Annual returns of the Patna Lunatic Asylum at Bankipore in Bihar and Orissa - 1912-1924
Year: 1912
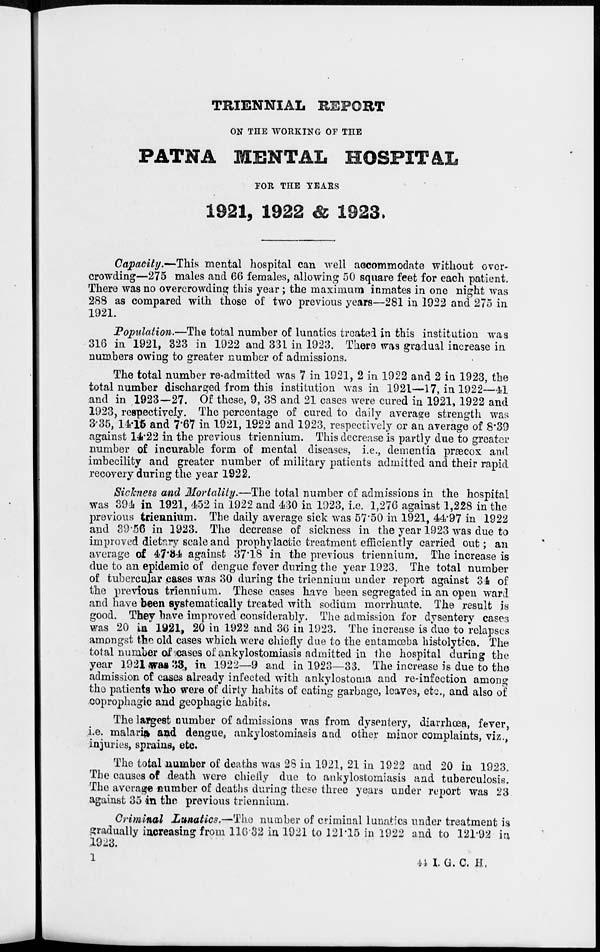
TRIENNIAL REPORT
ON THE WORKING OF THE
PATNA MENTAL HOSPITAL
FOR THE YEARS
1921, 1922 & 1923.
Capacity.—This mental hospital can well accommodate without over-
crowding—275 males and 66 females, allowing 50 square feet for each patient.
There was no overcrowding this year ; the maximum inmates in one night was
288 as compared with those of two previous years—281 in 1922 and 275 in
1921.
Population.—The total number of lunatics treated in this institution was
316 in 1921, 323 in 1922 and 331 in 1923. There was gradual increase in
numbers owing to greater number of admissions.
The total number re-admitted was 7 in 1921, 2 in 1922 and 2 in 1923, the
total number discharged from this institution was in 1921—17, in 1922—41
and in 1923—27. Of these, 9, 38 and 21 cases were cured in 1921, 1922 and
1923, respectively. The percentage of cured to daily average strength was
3.35, 14.15 and 7.67 in 1921, 1922 and 1923, respectively or an average of 8.39
against 14.22 in the previous triennium. This decrease is partly due to greater
number of incurable form of mental diseases, i.e., dementia præcox and
imbecility and greater number of military patients admitted and their rapid
recovery during the year 1922.
Sickness and Mortality.—The total number of admissions in the hospital
was 394 in 1921, 452 in 1922 and 430 in 1923, i.e. 1,276 against 1,228 in the
previous triennium. The daily average sick was 57.50 in 1921, 44.97 in 1922
and 39.56 in 1923. The decrease of sickness in the year 1923 was due to
improved dietary scale and prophylactic treatment efficiently carried out; an
average of 47.34 against 37.18 in the previous triennium. The increase is
due to an epidemic of dengue fever during the year 1923. The total number
of tubercular cases was 30 during the triennium under report against 34 of
the previous triennium. These cases have been segregated in an open ward
and have been systematically treated with sodium morrhuate. The result is
good. They have improved considerably. The admission for dysentery cases
was 20 in 1921, 20 in 1922 and 36 in 1923. The increase is due to relapses
amongst the old cases which were chiefly due to the entamœba histolytica. The
total number of cases of ankylostomiasis admitted in the hospital during the
year 1921 was 33, in 1922—9 and in 1923—33. The increase is due to the
admission of cases already infected with ankylostoma and re-infection among
the patients who were of dirty habits of eating garbage, leaves, etc., and also of
coprophagic and geophagic habits.
The largest number of admissions was from dysentery, diarrhœa, fever,
i.e. malaria and dengue, ankylostomiasis and other minor complaints, viz.,
injuries, sprains, etc.
The total number of deaths was 28 in 1921, 21 in 1922 and 20 in 1923.
The causes of death were chiefly due to ankylostomiasis and tuberculosis.
The average number of deaths during these three years under report was 23
against 35 in the previous triennium.
Criminal Lunatics.—The number of criminal lunatics under treatment is
gradually increasing from 116.32 in 1921 to 121.15 in 1922 and to 121.92 in
1923.
1
44
I.G.C.H.